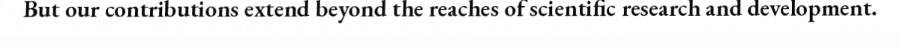
But our contributions extend beyond the reaches of scientific research and development.